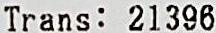
TRANS: 21396